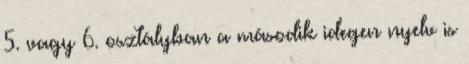
5. vagy 6. osztályban a második idegen nyelv is